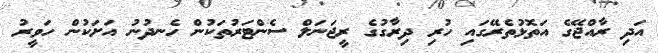
އަދި ރާއްޖޭގެ އަތޮޅުތެރޭގައި ހުރި ދިރާގުގެ ރީޖަނަލް ސެންޓަރުތަކުން ހެނދުނު އަށަކުން ހަވީރު